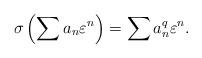
LaTeX: \begin{align*}\sigma\left(\sum a_n \varepsilon^n\right) = \sum a_n^q \varepsilon^n.\end{align*}